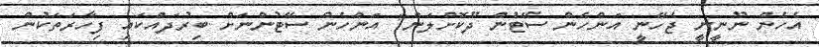
އެހެން ނޫނީނީ ޖެހޭނީ އަންހެން ސޭޓުން ދޫކޮށްލަން" އަންހެން ސޭޓުންނަށް ބިރުދައްކައި ފިހާރަތަކުން